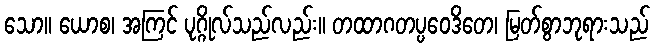
သော။ ယောစ၊ အကြင် ပုဂ္ဂိုလ်သည်လည်း။ တထာဂတပ္ပဝေဒိတေ၊ မြတ်စွာဘုရားသည်